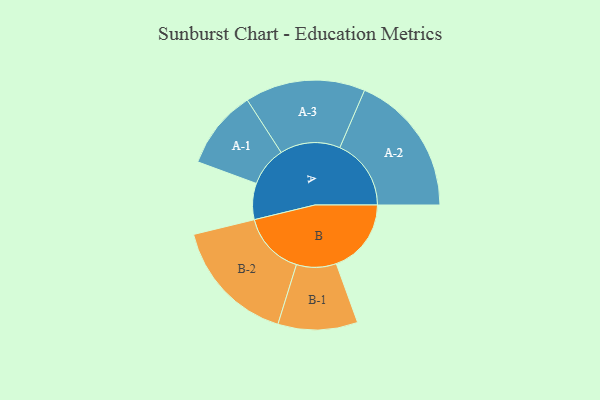
{"axis": {"x": "Segment", "y": "Value"}, "legend": ["", "A", "B"], "data": [{"x": "A", "y": 139, "type": ""}, {"x": "B", "y": 288, "type": ""}, {"x": "A-1", "y": 152, "type": "A"}, {"x": "A-2", "y": 274, "type": "A"}, {"x": "A-3", "y": 231, "type": "A"}, {"x": "B-1", "y": 153, "type": "B"}, {"x": "B-2", "y": 243, "type": "B"}]}